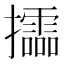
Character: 𢹝